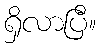
ရှိလာပြီ။